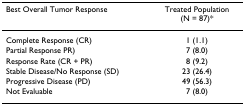
<table><thead><tr><td><b>Best Overall Tumor Response</b></td><td><b>Treated Population (N = 87)*</b></td></tr></thead><tbody><tr><td>Complete Response (CR)</td><td>1 (1.1)</td></tr><tr><td>Partial Response PR)</td><td>7 (8.0)</td></tr><tr><td>Response Rate (CR + PR)</td><td>8 (9.2)</td></tr><tr><td>Stable Disease/No Response (SD)</td><td>23 (26.4)</td></tr><tr><td>Progressive Disease (PD)</td><td>49 (56.3)</td></tr><tr><td>Not Evaluable</td><td>7 (8.0)</td></tr></tbody></table>